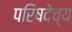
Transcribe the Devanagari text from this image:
परिषदेच्य